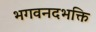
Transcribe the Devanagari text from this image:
भगवनदभक्ति